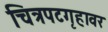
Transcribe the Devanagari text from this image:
चित्रपटगृहावर